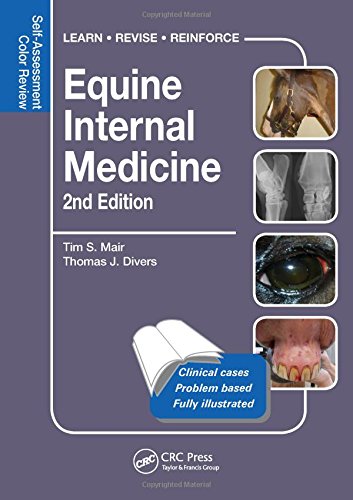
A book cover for Equine Internal Medicine: Self-Assessment Color Review Second Edition (Veterinary Self-Assessment Color Review Series); Tim S. Mair; Medical Books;